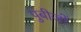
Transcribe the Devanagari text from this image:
पुंबीजों